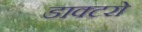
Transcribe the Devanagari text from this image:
डाक्टरो